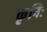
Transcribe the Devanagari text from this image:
कृषिः